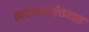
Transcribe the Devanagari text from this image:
लढवय्यांच्यात